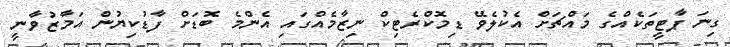
ގިނަ ޕާޓީތަކެއްގެ މައްޗަށް އެކުލެވޭ ޑިމޮކްރެޓިކް ނިޒާމެއްގައި އެންމެ ބޮޑަށް ފާޑުކިޔުން އަމާޒުވާނީ